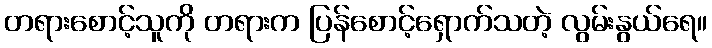
တရားစောင့်သူကို တရားက ပြန်စောင့်ရှောက်သတဲ့ လွမ်းနွယ်ရေ။